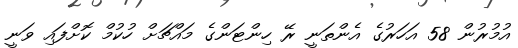
އުމުރުން 58 އަހަރުގެ އެންތަނީ ރޭ ހިންޓަންގެ މައްޗަށް ހުކުމް ކޮށްފައި ވަނީ